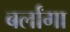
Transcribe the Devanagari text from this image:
बर्लांगा